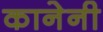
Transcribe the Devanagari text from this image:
कानेनी